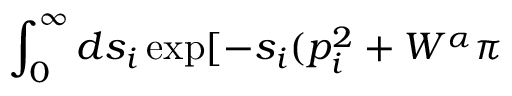
\int _ { 0 } ^ { \infty } d s _ { i } \exp [ - s _ { i } ( p _ { i } ^ { 2 } + { \cal W } ^ { \alpha } \pi